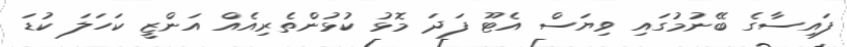
ފައިސާގެ ބޭނުމުގައި ވިޔަސް އެޓޫ ފަދަ މޮޅު ކުޅުންތެރިއެއް އަންޒީ ކަހަލަ ކުޑަ